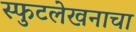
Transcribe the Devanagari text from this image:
स्फुटलेखनाचा